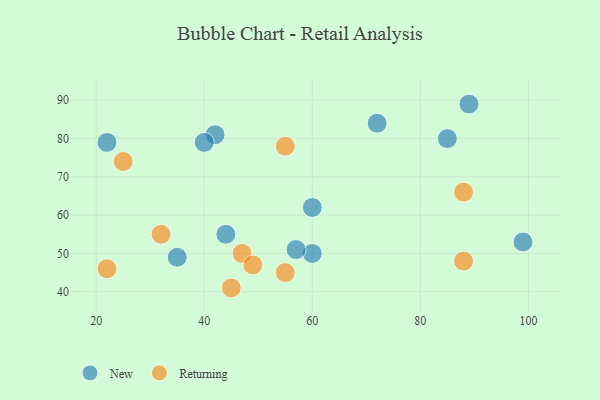
{"axis": {"x": "GDP", "y": "Life Expectancy"}, "legend": ["New", "Returning"], "data": [{"x": "42", "y": 81, "type": "New"}, {"x": "60", "y": 50, "type": "New"}, {"x": "57", "y": 51, "type": "New"}, {"x": "60", "y": 62, "type": "New"}, {"x": "89", "y": 89, "type": "New"}, {"x": "85", "y": 80, "type": "New"}, {"x": "44", "y": 55, "type": "New"}, {"x": "72", "y": 84, "type": "New"}, {"x": "22", "y": 79, "type": "New"}, {"x": "35", "y": 49, "type": "New"}, {"x": "99", "y": 53, "type": "New"}, {"x": "40", "y": 79, "type": "New"}, {"x": "47", "y": 50, "type": "Returning"}, {"x": "25", "y": 74, "type": "Returning"}, {"x": "49", "y": 47, "type": "Returning"}, {"x": "55", "y": 78, "type": "Returning"}, {"x": "88", "y": 66, "type": "Returning"}, {"x": "88", "y": 48, "type": "Returning"}, {"x": "55", "y": 45, "type": "Returning"}, {"x": "32", "y": 55, "type": "Returning"}, {"x": "45", "y": 41, "type": "Returning"}, {"x": "22", "y": 46, "type": "Returning"}]}